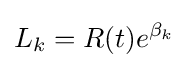
L_{k}=R(t)e^{\beta _{k}}